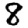
Digit: 8